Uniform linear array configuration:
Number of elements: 32
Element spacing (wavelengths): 0.25
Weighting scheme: uniform
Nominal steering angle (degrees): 0
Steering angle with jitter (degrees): -1.815
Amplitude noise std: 0.05
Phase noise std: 0.05

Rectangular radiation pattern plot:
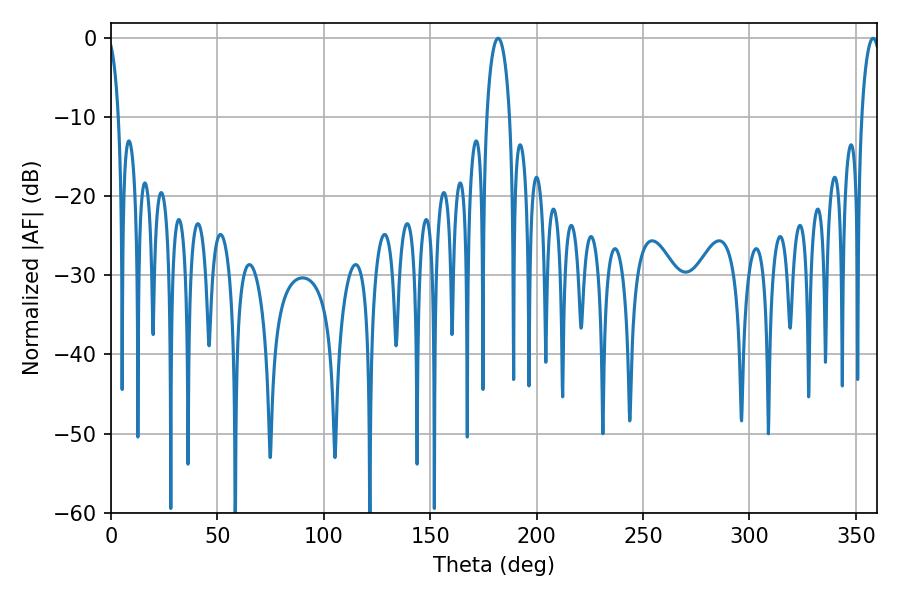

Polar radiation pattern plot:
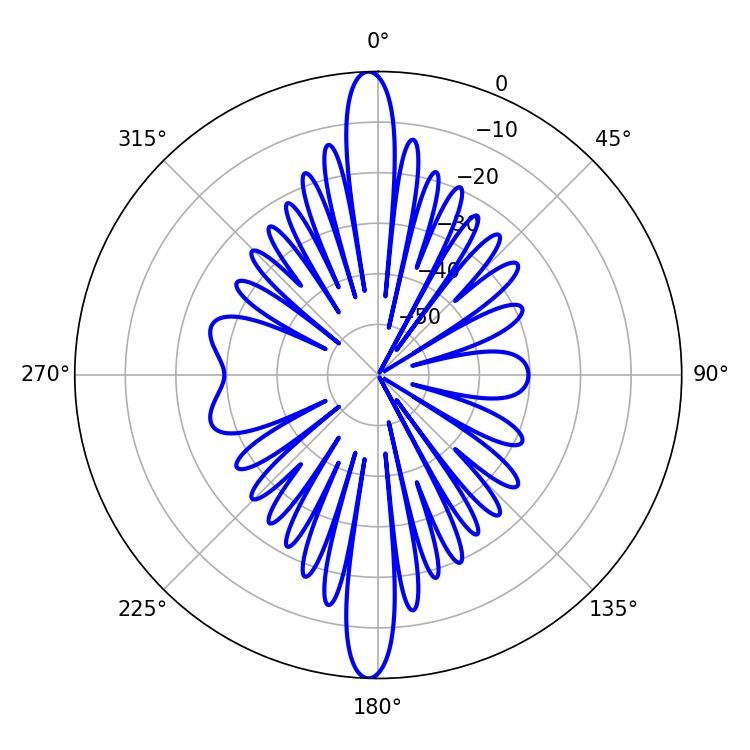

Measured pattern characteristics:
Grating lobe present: FALSE
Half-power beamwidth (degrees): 6.3
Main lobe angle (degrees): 181.98